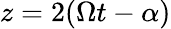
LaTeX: z=2(\Omega t-\alpha)